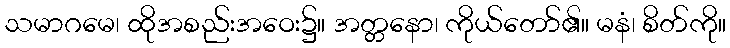
သမာဂမေ၊ ထိုအစည်းအဝေး၌။ အတ္တနော၊ ကိုယ်တော်၏။ မနံ၊ စိတ်ကို။